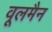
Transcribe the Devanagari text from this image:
वूलमैन